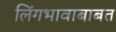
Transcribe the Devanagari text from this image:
लिंगभावाबाबत